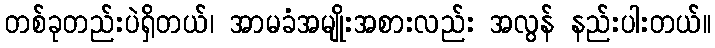
တစ်ခုတည်းပဲရှိတယ်၊ အာမခံအမျိုးအစားလည်း အလွန် နည်းပါးတယ်။